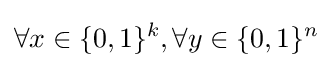
\forall x\in \{0,1\}^{k},\forall y\in \{0,1\}^{n}